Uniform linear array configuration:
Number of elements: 48
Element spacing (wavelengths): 1
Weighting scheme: blackman
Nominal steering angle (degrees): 30
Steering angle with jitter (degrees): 28.101
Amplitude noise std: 0.05
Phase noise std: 0.05

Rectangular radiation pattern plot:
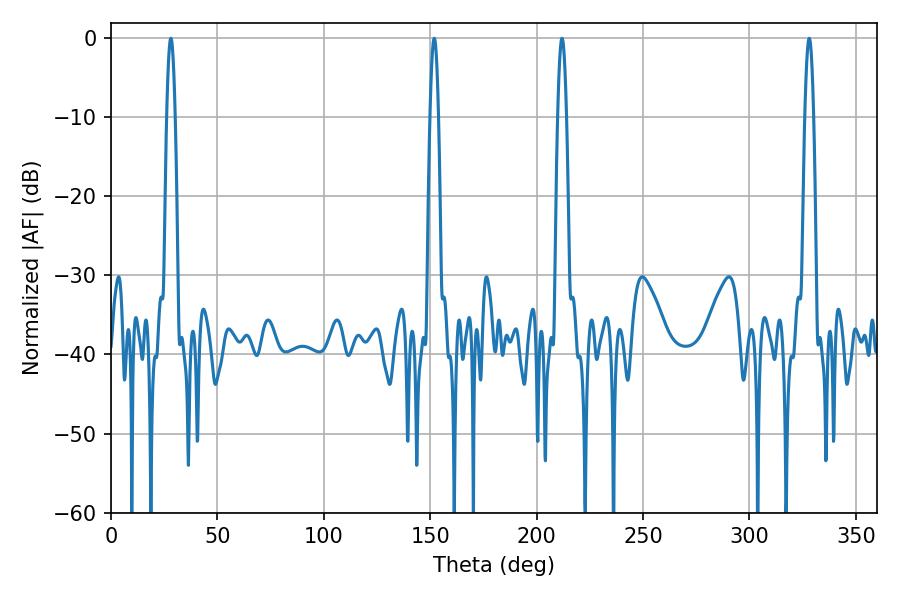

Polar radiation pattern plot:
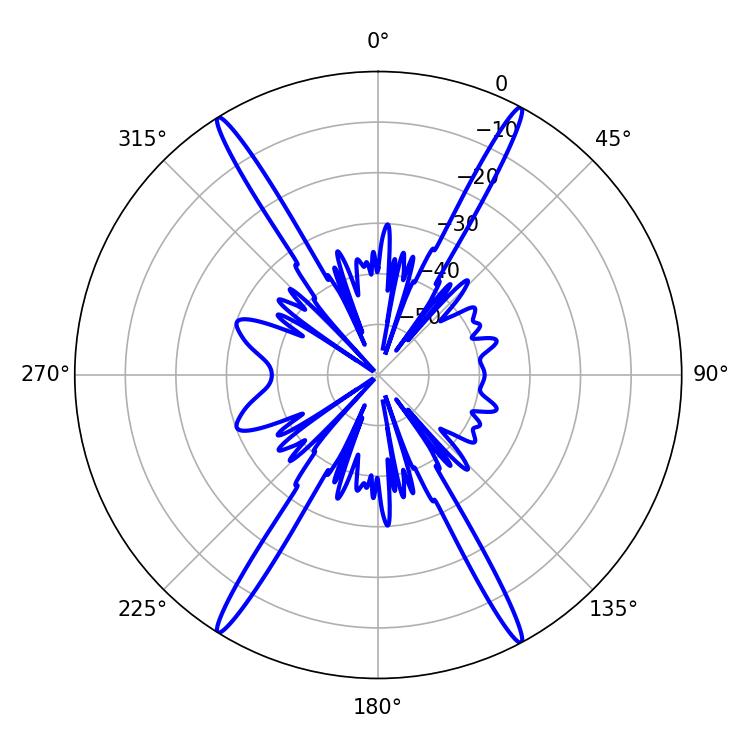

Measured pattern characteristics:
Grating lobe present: TRUE
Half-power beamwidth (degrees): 2.16
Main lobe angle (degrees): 28.08